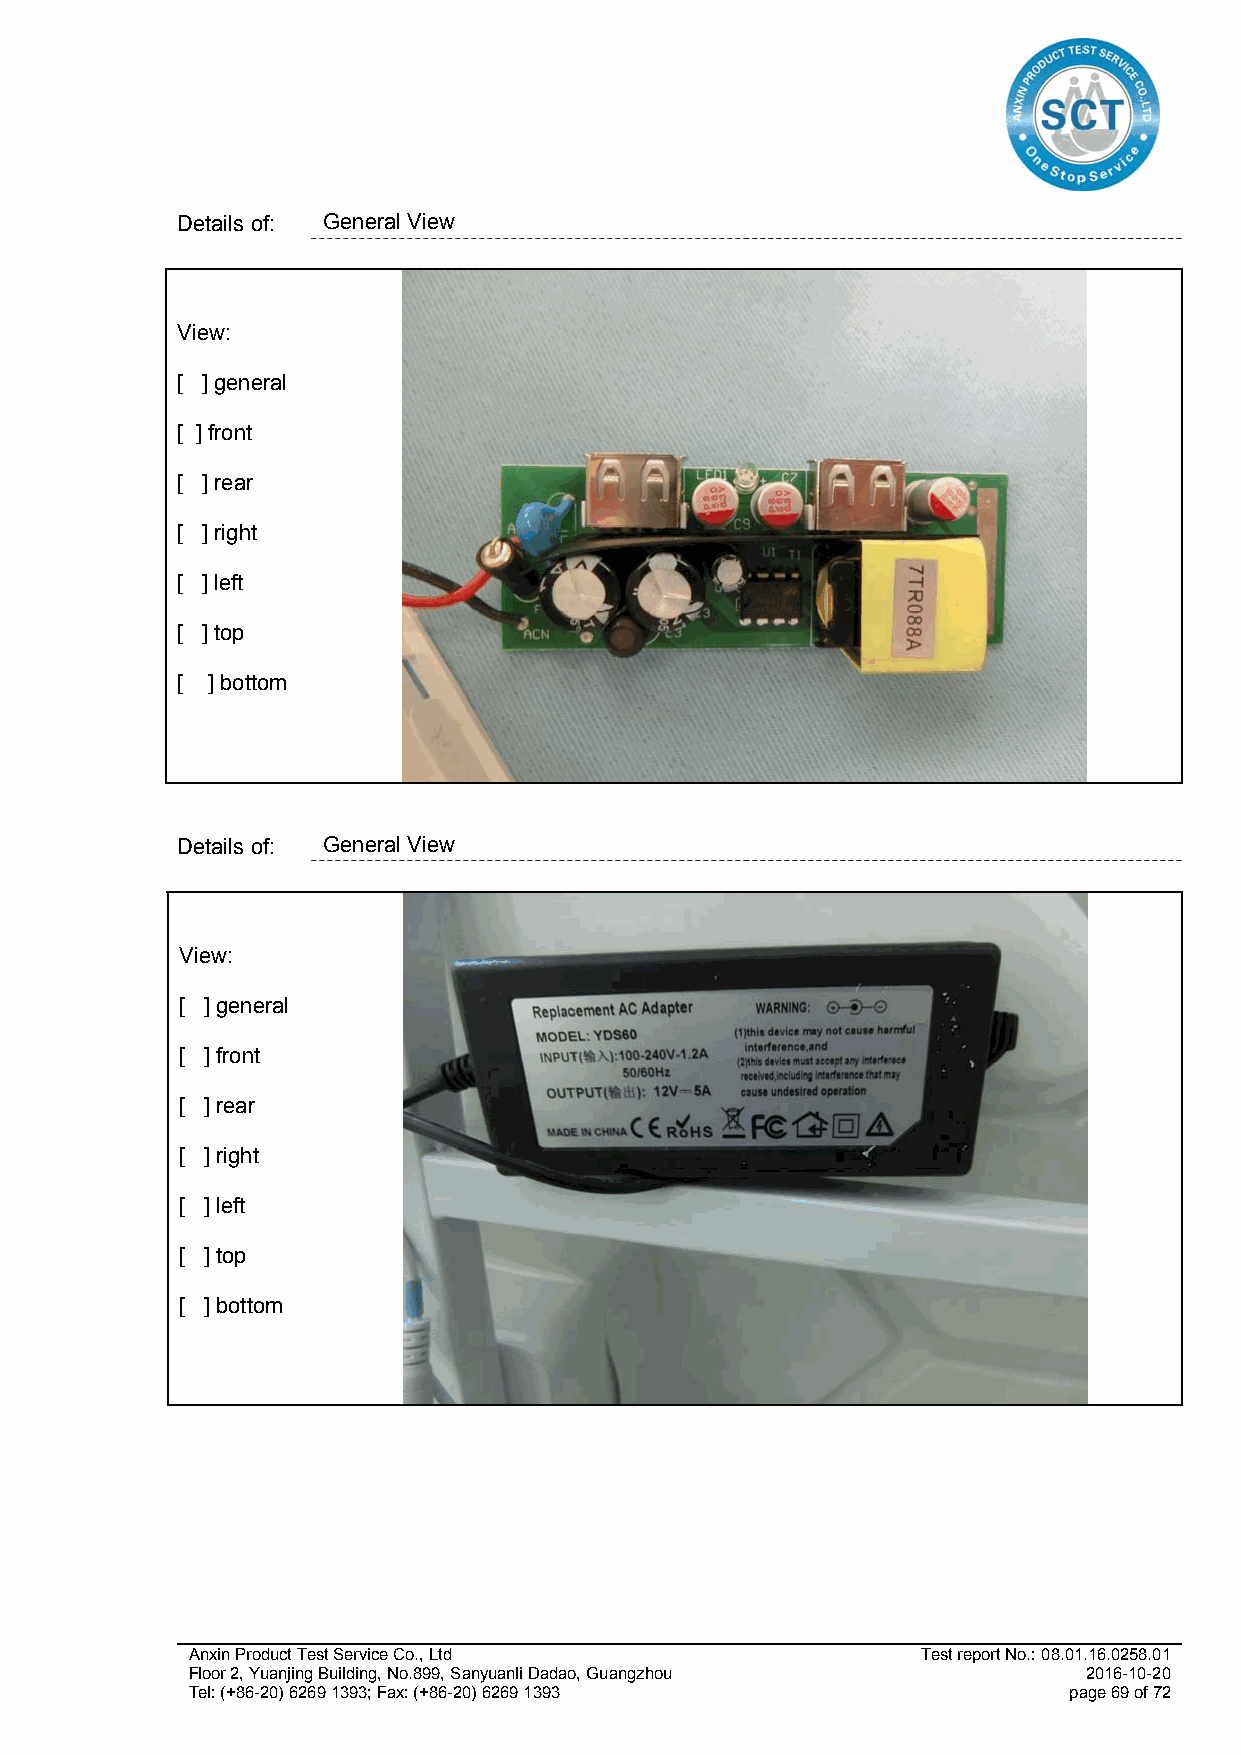
Details of: General View
 View:
 [ ] general
 [ ] front
 [ ] rear
 [ ] right
 [ ] left
 [ ] top
 [ ] bottom
 Details of: General View
 View:
 [ ] general
 [ ] front
 [ ] rear
 [ ] right
 [ ] left
 [ ] top
 [ ] bottom
 Anxin Product Test Service Co., Ltd              Test report No.: 08.01.16.0258.01
 Floor 2, Yuanjing Building, No.899, Sanyuanli Dadao, Guangzhou 2016-10-20
 Tel: (+86-20) 6269 1393; Fax: (+86-20) 6269 1393           page 69 of 72